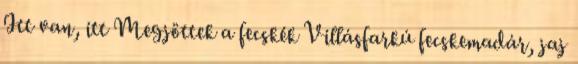
Itt van, itt Megjöttek a fecskék Villásfarkú fecskemadár, jaj